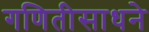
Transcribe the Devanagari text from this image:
गणितीसाधने